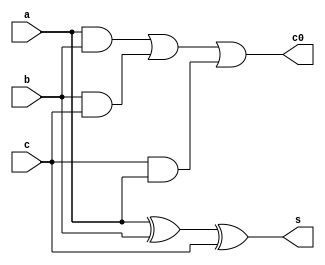
module full_adder(s,c0,a,b,c);
input a,b,c;
output s,c0;
assign s=a^b^c;
assign c0=(a&b)|(b&c)|(c&a);
endmodule